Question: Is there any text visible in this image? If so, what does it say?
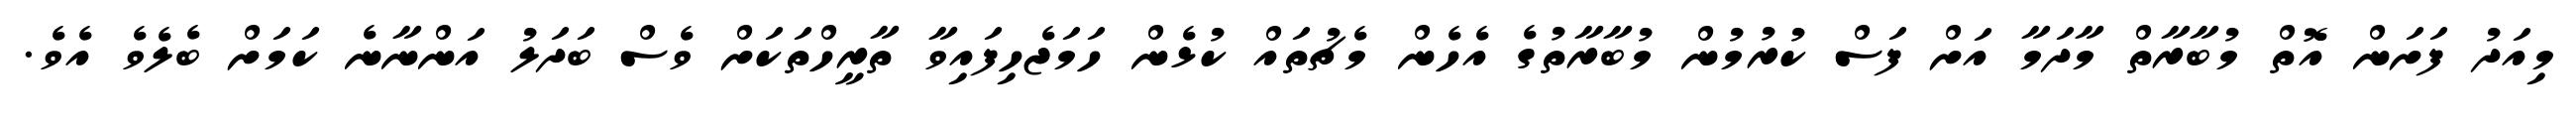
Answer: މިއަދު ފަށަން އޮތް މުބާރާތް މާދަމާ އަށް ފަސް ކުރުމުން މުބާރާތުގެ އެހެން މެޗުތައް ކުޅެން ހަމަޖެހިފައިވާ ތާރީހްތަކަށް ވެސް ބަދަލު އަންނާނެ ކަމަށް ބެލެވެ އެވެ.